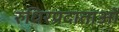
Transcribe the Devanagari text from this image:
रुधिरप्रदाताओं